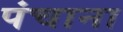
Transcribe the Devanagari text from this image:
पंचाना